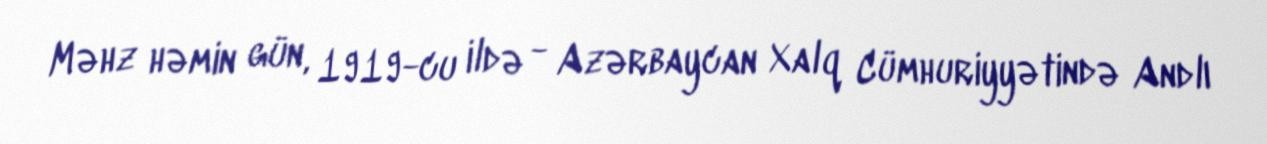
Məhz həmin gün, 1919-cu ildə - Azərbaycan Xalq Cümhuriyyətində Andlı